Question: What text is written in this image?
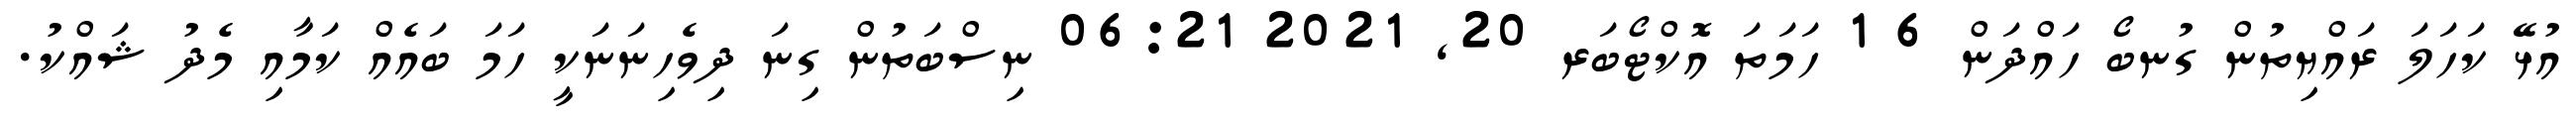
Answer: އުޅޭ ކަހަލަ ރައްޔިތުން ގުނބޯ ހައްދަން 6 1 ހަމަތަ އޮކްޓޯބަރ 20, 2021 06:21 ނިސްބަތުން ގިނަ ދިވެހިނަނަކީ ހަމަ ބައެއް ކަމާއި މެދު ޝައްކު.